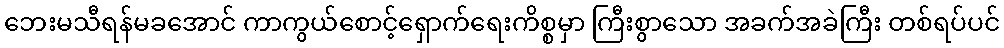
ဘေးမသီရန်မခအောင် ကာကွယ်စောင့်ရှောက်ရေးကိစ္စမှာ ကြီးစွာသော အခက်အခဲကြီး တစ်ရပ်ပင်